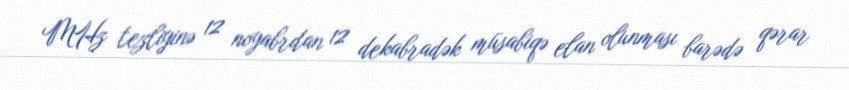
MHz tezliyinə 12 noyabrdan 12 dekabradək müsabiqə elan olunması barədə qərar